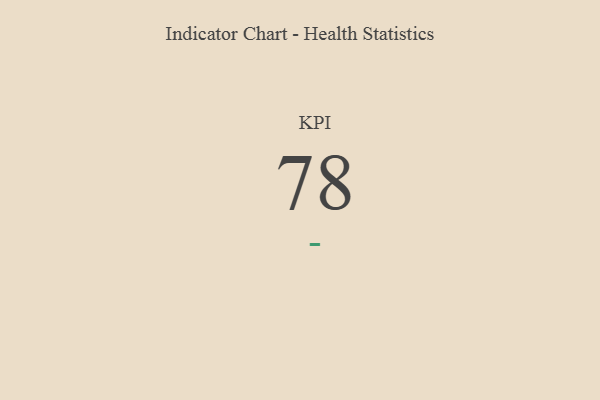
{"axis": {"x": "KPI", "y": "Value"}, "legend": [""], "data": [{"x": "KPI", "y": 78, "type": ""}]}